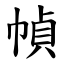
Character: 幀